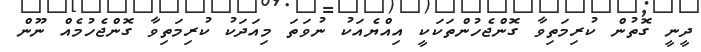
ދީނީ ގޮތުން ކުރިމަތިވާ ގޮންޖެހުންތަކަކީ އިއްޔެއަކު ނުވަތަ މިއަދަކު ކުރިމަތިވާ ގޮންޖެހުމެއް ނޫން